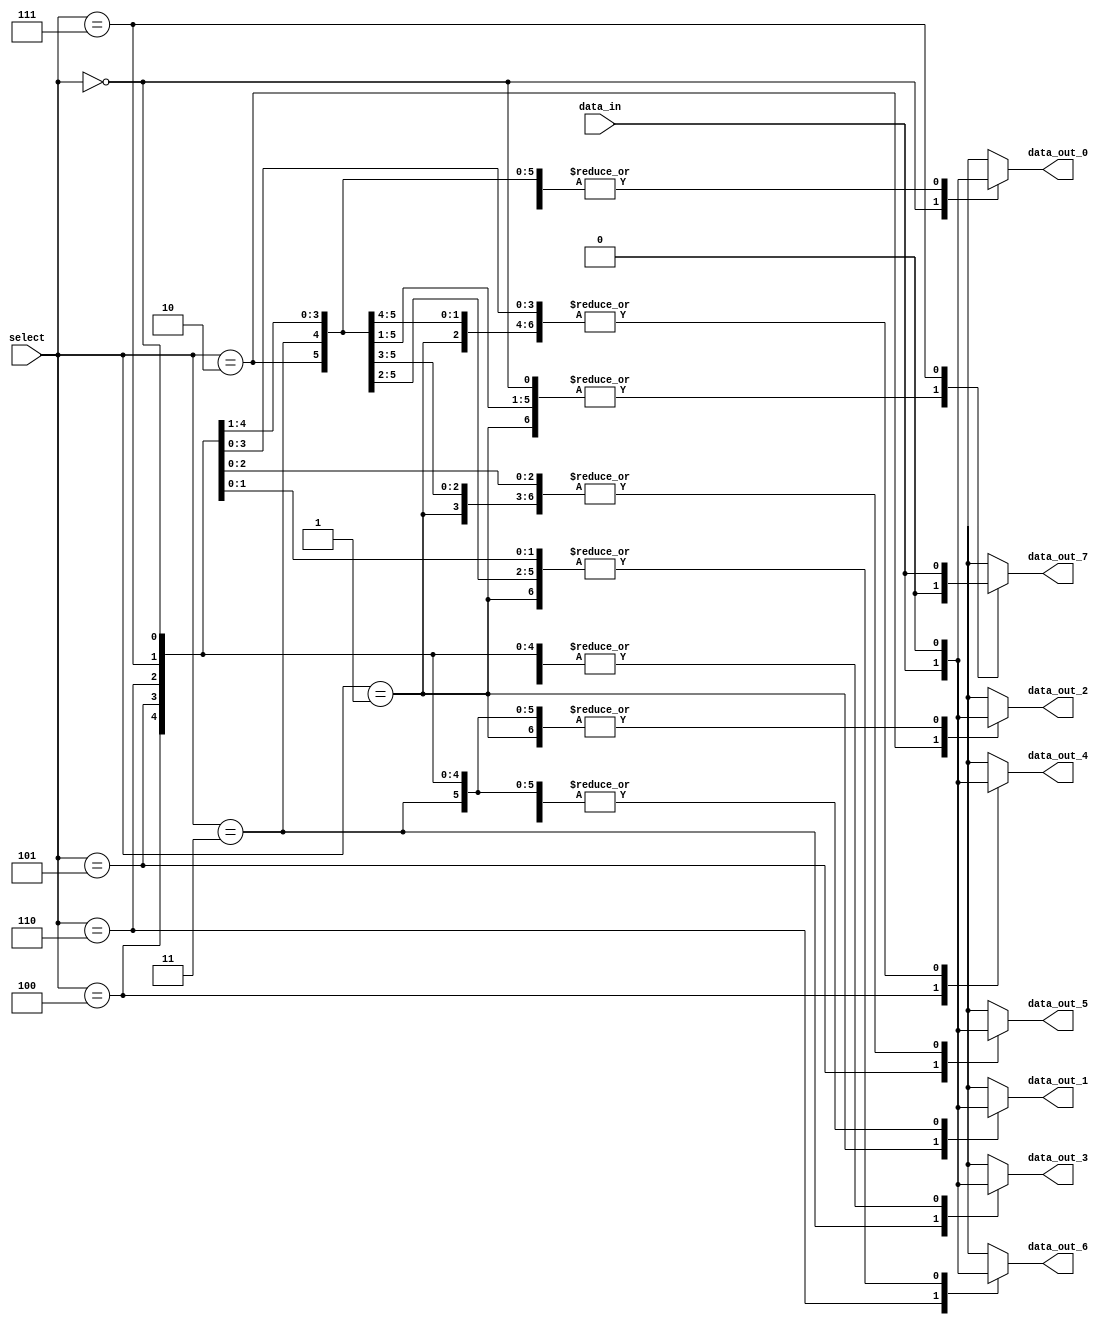
module demux_1to8 (
  input wire [2:0] select,
  input wire data_in,
  output reg data_out_0,
  output reg data_out_1,
  output reg data_out_2,
  output reg data_out_3,
  output reg data_out_4,
  output reg data_out_5,
  output reg data_out_6,
  output reg data_out_7
);

always @(*)
begin
  case(select)
    3'b000: begin
      data_out_0 <= data_in;
      data_out_1 <= 0;
      data_out_2 <= 0;
      data_out_3 <= 0;
      data_out_4 <= 0;
      data_out_5 <= 0;
      data_out_6 <= 0;
      data_out_7 <= 0;
    end
    3'b001: begin
      data_out_0 <= 0;
      data_out_1 <= data_in;
      data_out_2 <= 0;
      data_out_3 <= 0;
      data_out_4 <= 0;
      data_out_5 <= 0;
      data_out_6 <= 0;
      data_out_7 <= 0;
    end
    3'b010: begin
      data_out_0 <= 0;
      data_out_1 <= 0;
      data_out_2 <= data_in;
      data_out_3 <= 0;
      data_out_4 <= 0;
      data_out_5 <= 0;
      data_out_6 <= 0;
      data_out_7 <= 0;
    end
    3'b011: begin
      data_out_0 <= 0;
      data_out_1 <= 0;
      data_out_2 <= 0;
      data_out_3 <= data_in;
      data_out_4 <= 0;
      data_out_5 <= 0;
      data_out_6 <= 0;
      data_out_7 <= 0;
    end
    3'b100: begin
      data_out_0 <= 0;
      data_out_1 <= 0;
      data_out_2 <= 0;
      data_out_3 <= 0;
      data_out_4 <= data_in;
      data_out_5 <= 0;
      data_out_6 <= 0;
      data_out_7 <= 0;
    end
    3'b101: begin
      data_out_0 <= 0;
      data_out_1 <= 0;
      data_out_2 <= 0;
      data_out_3 <= 0;
      data_out_4 <= 0;
      data_out_5 <= data_in;
      data_out_6 <= 0;
      data_out_7 <= 0;
    end
    3'b110: begin
      data_out_0 <= 0;
      data_out_1 <= 0;
      data_out_2 <= 0;
      data_out_3 <= 0;
      data_out_4 <= 0;
      data_out_5 <= 0;
      data_out_6 <= data_in;
      data_out_7 <= 0;
    end
    3'b111: begin
      data_out_0 <= 0;
      data_out_1 <= 0;
      data_out_2 <= 0;
      data_out_3 <= 0;
      data_out_4 <= 0;
      data_out_5 <= 0;
      data_out_6 <= 0;
      data_out_7 <= data_in;
    end
    default: begin
      data_out_0 <= 0;
      data_out_1 <= 0;
      data_out_2 <= 0;
      data_out_3 <= 0;
      data_out_4 <= 0;
      data_out_5 <= 0;
      data_out_6 <= 0;
      data_out_7 <= 0;
    end
  endcase
end

endmodule